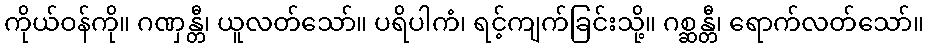
ကိုယ်ဝန်ကို။ ဂဏှန္တီ၊ ယူလတ်သော်။ ပရိပါကံ၊ ရင့်ကျက်ခြင်းသို့။ ဂစ္ဆန္တီ၊ ရောက်လတ်သော်။